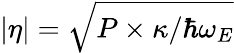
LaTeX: \vert\eta\vert=\sqrt{P\times\kappa/\hbar\omega_{E}}